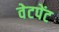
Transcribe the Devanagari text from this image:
वेटपेंट